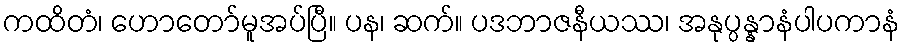
ကထိတံ၊ ဟောတော်မူအပ်ပြီ။ ပန၊ ဆက်။ ပဒဘာဇနီယဿ၊ အနုပ္ပန္နာနံပါပကာနံ